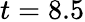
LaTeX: t=8.5